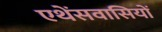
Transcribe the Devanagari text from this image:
एथेंसवासियों